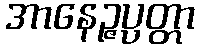
အာနေဉ္ဇပ္ပတ္တာ